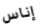
إناس